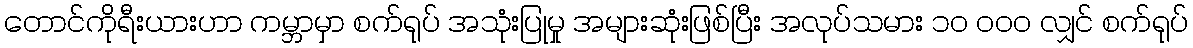
တောင်ကိုရီးယားဟာ ကမ္ဘာမှာ စက်ရုပ် အသုံးပြုမှု အများဆုံးဖြစ်ပြီး အလုပ်သမား ၁၀ ၀၀၀ လျှင် စက်ရုပ်